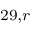
^ { 2 9 , r }